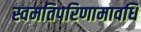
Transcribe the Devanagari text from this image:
स्वमतिपरिणामावधि